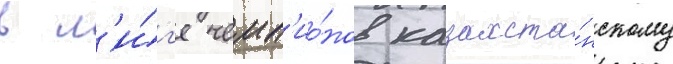
в л'и́г'е чемп'ио́нов казахста́нскому